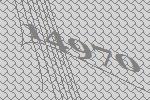
14970